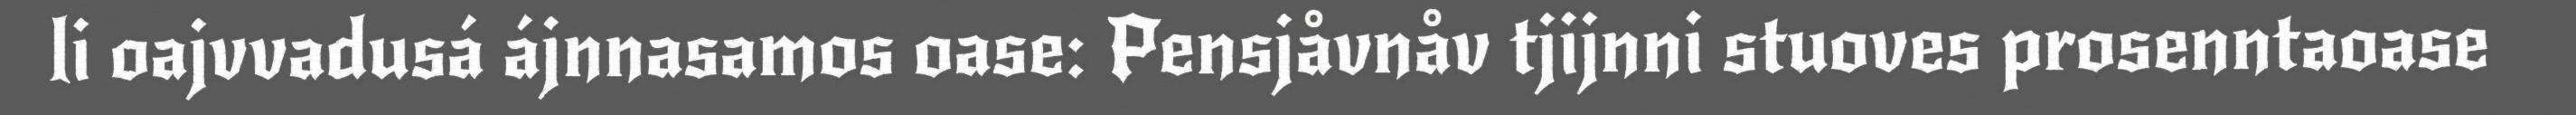
li oajvvadusá ájnnasamos oase: Pensjåvnåv tjijnni stuoves prosenntaoase